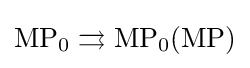
{\text{MP}}_{0}\rightrightarrows {\text{MP}}_{0}({\text{MP}})